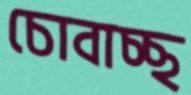
চোবাচ্ছ